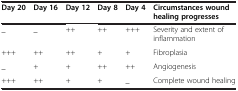
<table><thead><tr><td><b>Day 20</b></td><td><b>Day 16</b></td><td><b>Day 12</b></td><td><b>Day 8</b></td><td><b>Day 4</b></td><td><b>Circumstances wound healing progresses</b></td></tr></thead><tbody><tr><td>_</td><td>_</td><td>++</td><td>++</td><td>+++</td><td>Severity and extent of inflammation</td></tr><tr><td>+++</td><td>++</td><td>++</td><td>+</td><td>+</td><td>Fibroplasia</td></tr><tr><td>_</td><td>+</td><td>+</td><td>++</td><td>++</td><td>Angiogenesis</td></tr><tr><td>+++</td><td>++</td><td>+</td><td>+</td><td>_</td><td>Complete wound healing</td></tr></tbody></table>